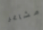
مشاعر